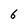
Character: 6